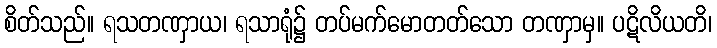
စိတ်သည်။ ရသတဏှာယ၊ ရသာရုံ၌ တပ်မက်မောတတ်သော တဏှာမှ။ ပဋိလိယတိ၊